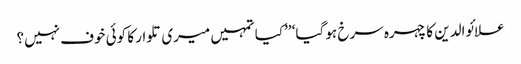
علائوالدین کا چہرہ سرخ ہو گیا‘ ’’کیا تمہیں میری تلوار کا کوئی خوف نہیں؟